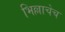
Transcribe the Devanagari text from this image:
भिल्लाचेच